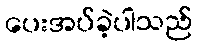
ပေးအပ်ခဲ့ပါသည်